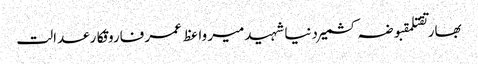
بھارتقتلمقبوضہ کشمیردنیاشہیدمیر واعظ عمر فاروقکارعدالت